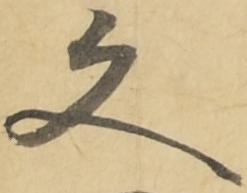
文